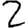
Digit: 2